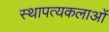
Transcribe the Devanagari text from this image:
स्थापत्यकलाओं